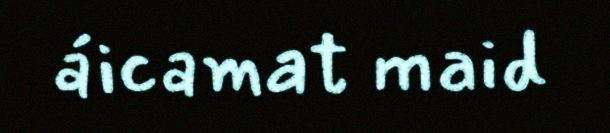
áicamat maid